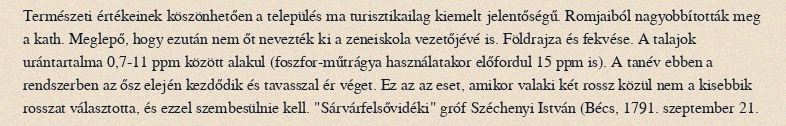
Természeti értékeinek köszönhetően a település ma turisztikailag kiemelt jelentőségű. Romjaiból nagyobbították meg a kath. Meglepő, hogy ezután nem őt nevezték ki a zeneiskola vezetőjévé is. Földrajza és fekvése. A talajok urántartalma 0,7-11 ppm között alakul (foszfor-műtrágya használatakor előfordul 15 ppm is). A tanév ebben a rendszerben az ősz elején kezdődik és tavasszal ér véget. Ez az az eset, amikor valaki két rossz közül nem a kisebbik rosszat választotta, és ezzel szembesülnie kell. "Sárvárfelsővidéki" gróf Széchenyi István (Bécs, 1791. szeptember 21.